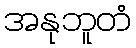
အနုဘူတံ